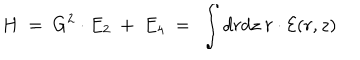
H \ = \ G ^ { 2 } \cdot E _ { 2 } \ + \ E _ { 4 } \ = \ \int d r d z \ r \cdot { \cal E } ( r , z )